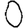
Digit: 0